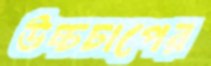
উচ্চচাপের